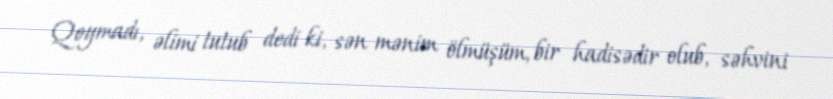
Qoymadı, əlimi tutub dedi ki, sən mənim ölmüşüm, bir hadisədir olub, səhvini